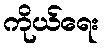
ကိုယ်ရေး